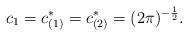
LaTeX: \begin{align*}c_{1}=c_{(1)}^{\ast}=c_{(2)}^{\ast}=(2\pi)^{-\frac{1}{2}}.\end{align*}